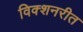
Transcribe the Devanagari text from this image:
विक्शनरीत